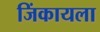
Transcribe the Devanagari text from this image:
जिंकायला